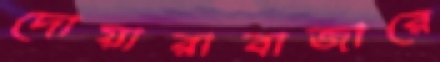
দোয়ারাবাজারে